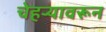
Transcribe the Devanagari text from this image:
चेहऱ्यावरून